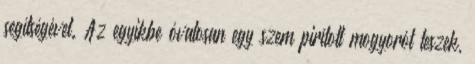
segítségével. Az egyikbe óvatosan egy szem pirított mogyorót teszek,